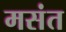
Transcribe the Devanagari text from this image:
मसंत